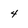
Character: 4